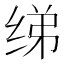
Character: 绨